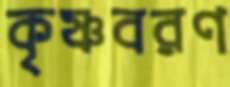
কৃষ্ণবরণ